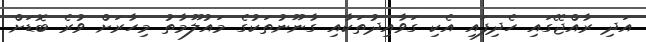
އަދި ރާއްޖޭގައި ހެދިފައި އެކި ގަވާއިދުތަކާއި ގާނޫނުތަކުގެ މައުލޫމާތު މިހާރަށް ވުރެ ބޮޑަށް